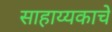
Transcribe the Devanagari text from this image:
साहाय्यकाचे